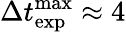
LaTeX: \Delta t_{\mathrm{exp}}^{\mathrm{max}}\approx 4